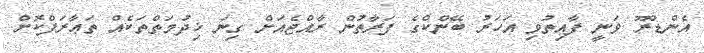
އެންޑްރޫ ވަނީ ފާއިތުވި އަހަރު ބޭންކްގެ ފަރާތުން ރާއްޖެއަށް ގިނަ ޚިދުމަތްތަކެއް ތަޢާރަފްކޮށް